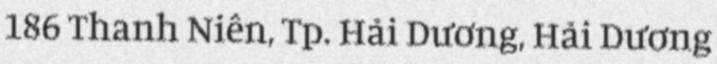
186 Thanh Niên, Tp. Hải Dương, Hải Dương